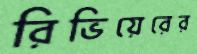
রিভিয়েরের